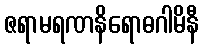
ဇရာမရဏနိရောဓဂါမိနီ